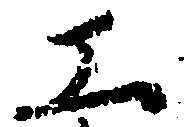
工